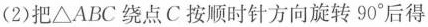
(2)把△ABC绕点C按顺时针方向旋转90°后得